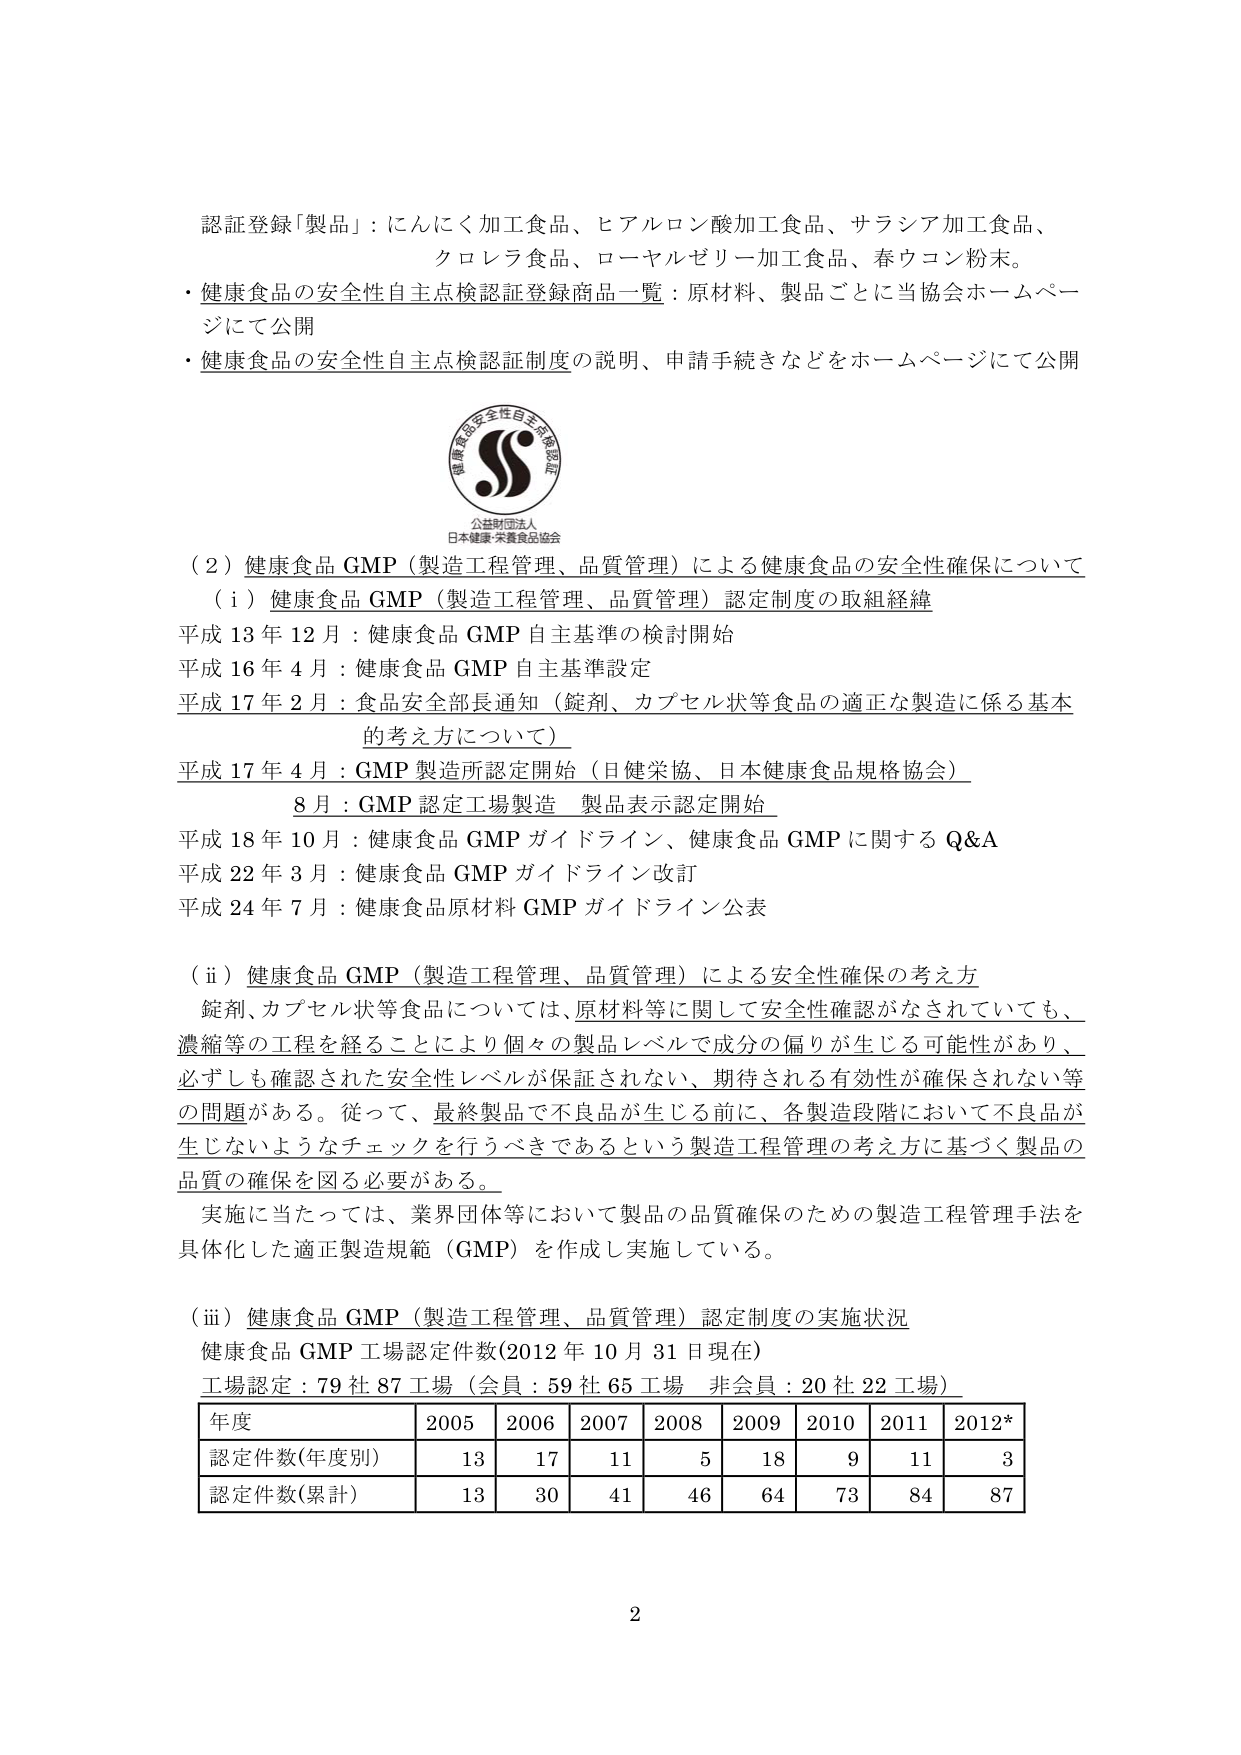
認証登録「製品」：にんにく加工食品、ヒアルロン酸加工食品、サラシア加工食品、
クロレラ食品、ローヤルゼリー加工食品、春ウコン粉末。
・健康食品の安全性自主点検認証登録商品一覧：原材料、製品ごとに当協会ホームページにて公開
・健康食品の安全性自主点検認証制度の説明、申請手続きなどをホームページにて公開

健康食品安全性自主点検認証
公益財団法人
日本健康・栄養食品協会

（２）健康食品 GMP（製造工程管理、品質管理）による健康食品の安全性確保について
（ⅰ）健康食品 GMP（製造工程管理、品質管理）認定制度の取組経緯
平成 13 年 12 月：健康食品 GMP 自主基準の検討開始
平成 16 年 4 月：健康食品 GMP 自主基準設定
平成 17 年 2 月：食品安全部長通知（錠剤、カプセル状等食品の適正な製造に係る基本的考え方について）
平成 17 年 4 月：GMP 製造所認定開始（日健栄協、日本健康食品規格協会）
　　　　　8 月：GMP 認定工場製造　製品表示認定開始
平成 18 年 10 月：健康食品 GMP ガイドライン、健康食品 GMP に関する Q&A
平成 22 年 3 月：健康食品 GMP ガイドライン改訂
平成 24 年 7 月：健康食品原材料 GMP ガイドライン公表

（ⅱ）健康食品 GMP（製造工程管理、品質管理）による安全性確保の考え方
　錠剤、カプセル状等食品については、原材料等に関して安全性確認がなされていても、
濃縮等の工程を経ることにより個々の製品レベルで成分の偏りが生じる可能性があり、
必ずしも確認された安全性レベルが保証されない、期待される有効性が確保されない等
の問題がある。従って、最終製品で不良品が生じる前に、各製造段階において不良品が
生じないようなチェックを行うべきであるという製造工程管理の考え方に基づく製品の
品質の確保を図る必要がある。
　実施に当たっては、業界団体等において製品の品質確保のための製造工程管理手法を
具体化した適正製造規範（GMP）を作成し実施している。

（ⅲ）健康食品 GMP（製造工程管理、品質管理）認定制度の実施状況
健康食品 GMP 工場認定件数（2012 年 10 月 31 日現在）
工場認定：79 社 87 工場（会員：59 社 65 工場　非会員：20 社 22 工場）

年度　　　　2005　　2006　　2007　　2008　　2009　　2010　　2011　　2012*
認定件数(年度別)　　13　　　17　　　11　　　5　　　18　　　9　　　11　　　3
認定件数(累計)　　　13　　　30　　　41　　　46　　　64　　　73　　　84　　　87

2